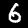
Label: 6